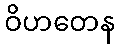
ဝိဟတေန